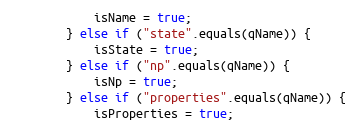
Language: Java
            isName = true;
        } else if ("state".equals(qName)) {
            isState = true;
        } else if ("np".equals(qName)) {
            isNp = true;
        } else if ("properties".equals(qName)) {
            isProperties = true;